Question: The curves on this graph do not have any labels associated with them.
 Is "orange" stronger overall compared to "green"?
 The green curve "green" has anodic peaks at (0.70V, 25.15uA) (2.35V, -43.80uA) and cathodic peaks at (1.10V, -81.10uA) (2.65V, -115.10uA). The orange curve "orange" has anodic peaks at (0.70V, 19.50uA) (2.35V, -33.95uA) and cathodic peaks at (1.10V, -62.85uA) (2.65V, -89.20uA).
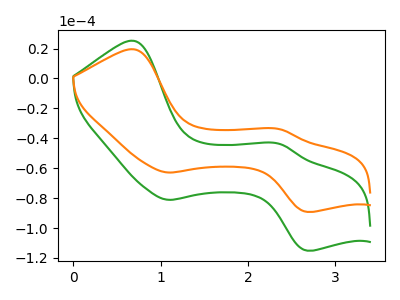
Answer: <think>All the peaks in "orange" have a peak in "green" at the same potential.
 </think>
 <answer>I cant tell if "orange" or "green" has more signal.</answer>
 <eval>mixed_signal</eval>